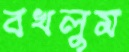
বখলুম